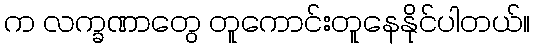
က လက္ခဏာတွေ တူကောင်းတူနေနိုင်ပါတယ်။